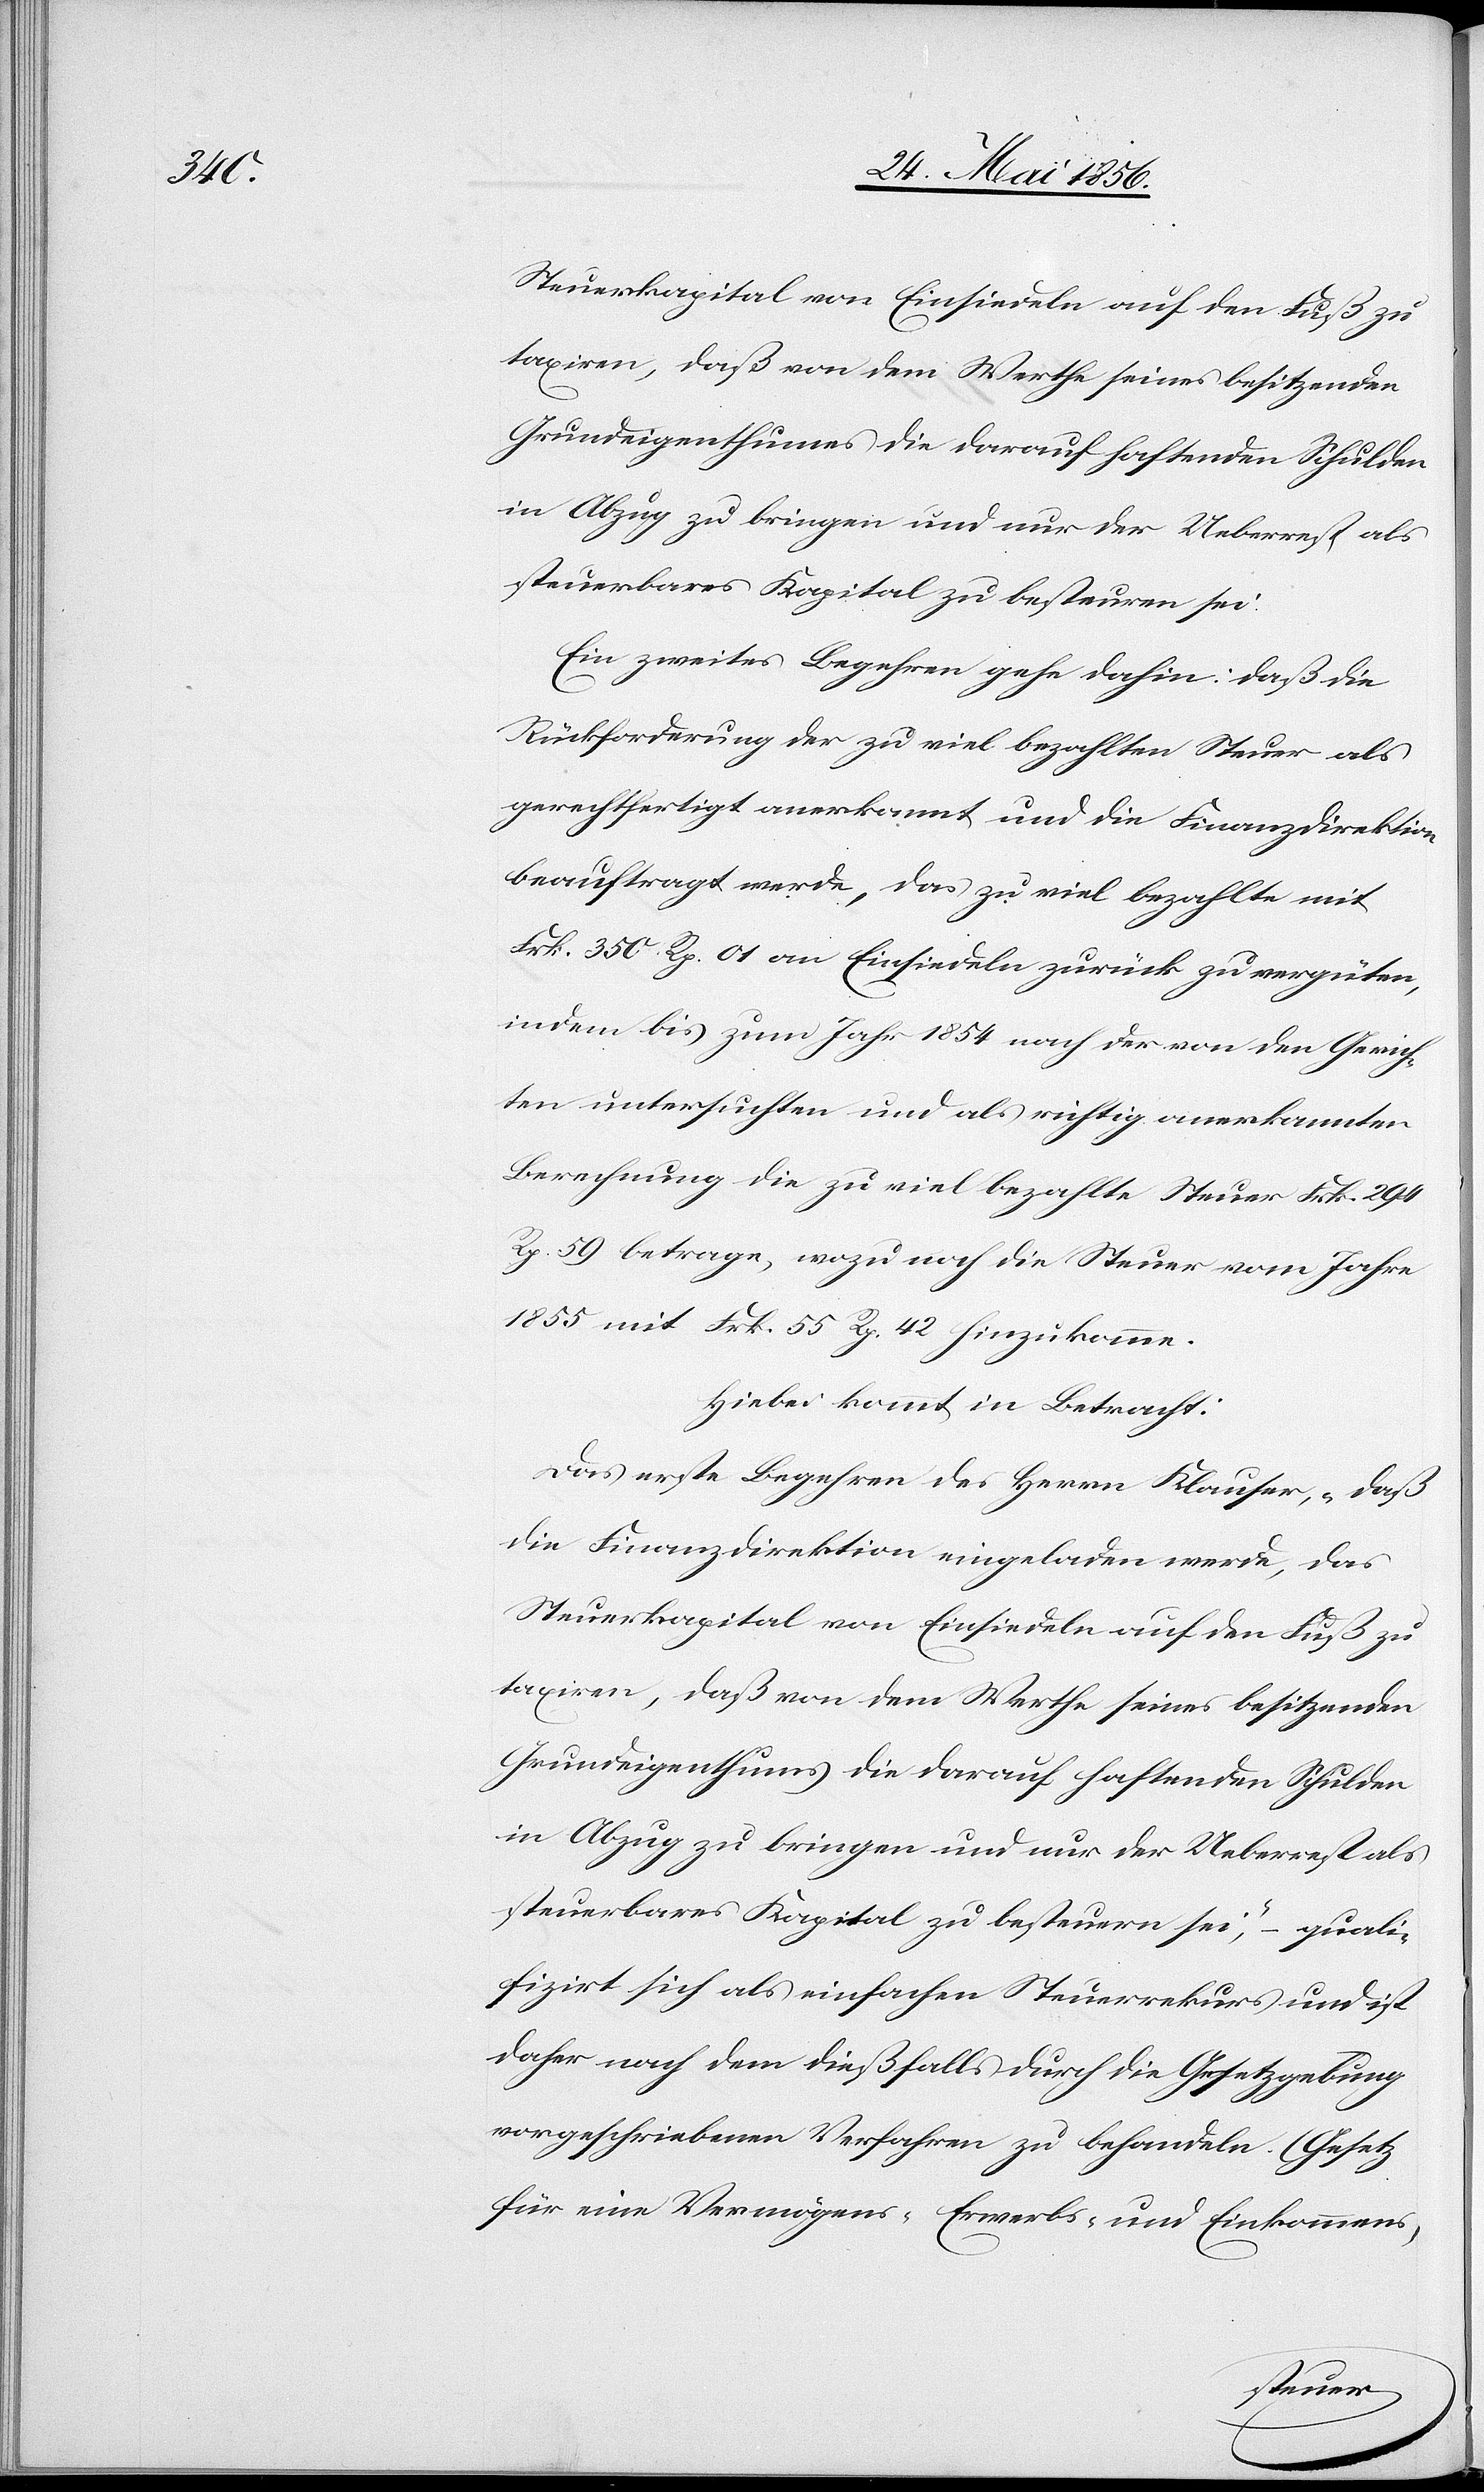
Grundeigenthumes die darauf haftenden Schulden
in Abzug zu bringen und nur der Ueberrest als
steuerbares Kapital zu besteuren sei.
Ein zweites Begehren gehe dahin: daß die
Rückforderung der zu viel bezahlten Steuer als
gerechtfertigt anerkannt und die Finanzdirektion
beauftragt werde, das zu viel bezahlte mit
Frk. 350 Rp. 01 an Einsiedeln zurück zu vergüten,
indem bis zum Jahr 1854 nach der von den Gerich¬
ten untersuchten und als richtig anerkannten
Berechnung die zu viel bezahlte Steuer Frk. 294
Rp. 59 betrage, wozu noch die Steuer vom Jahre
1855 mit Frk. 55 Rp. 42 hinzukomme.
Hiebei kommt in Betracht:
Das erste Begehren des Herrn Klauser, „daß
die Finanzdirektion eingeladen werde, das
Steuerkapital von Einsiedeln auf den Fuß zu
taxiren, daß von dem Werthe seines besitzenden
Grundeigenthums die darauf haftenden Schulden
in Abzug zu bringen und nur der Ueberrest als
steuerbares Kapital zu besteuern sei“, – quali¬
fizirt sich als einfachen Steuerrekurs und ist
daher nach dem dießfalls durch die Gesetzgebung
vorgeschriebenen Verfahren zu behandeln. (Gesetz
für eine Vermögens- [,] Erwerbs- und Einkommens-